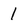
Character: I